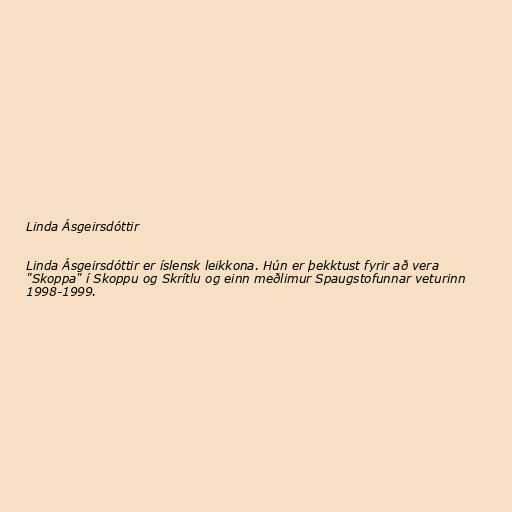
Linda Ásgeirsdóttir

Linda Ásgeirsdóttir er íslensk leikkona. Hún er þekktust fyrir að vera
"Skoppa" í Skoppu og Skrítlu og einn meðlimur Spaugstofunnar veturinn
1998-1999.